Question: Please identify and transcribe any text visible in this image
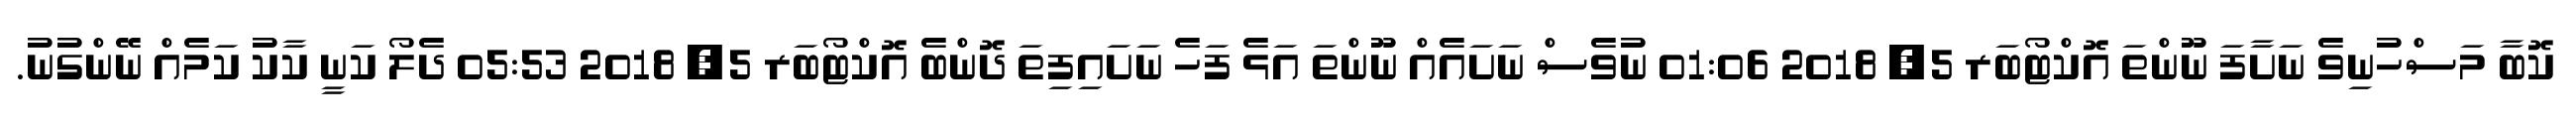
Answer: ކޮބާ މަސްހުނިވެ ނަށާފަ ނޫންތަ އޮކްޓޯބަރ 5, 2018 01:06 ނުވެސް ނަށައެއް ނޫންތަ އަޅެ ފަހެ ނަށައިފިތަ ދޮންބެ އޮކްޓޯބަރ 5, 2018 05:53 ދެލޯ ކަނީ ކާކު ކަމެއް ނޭންގުނު.